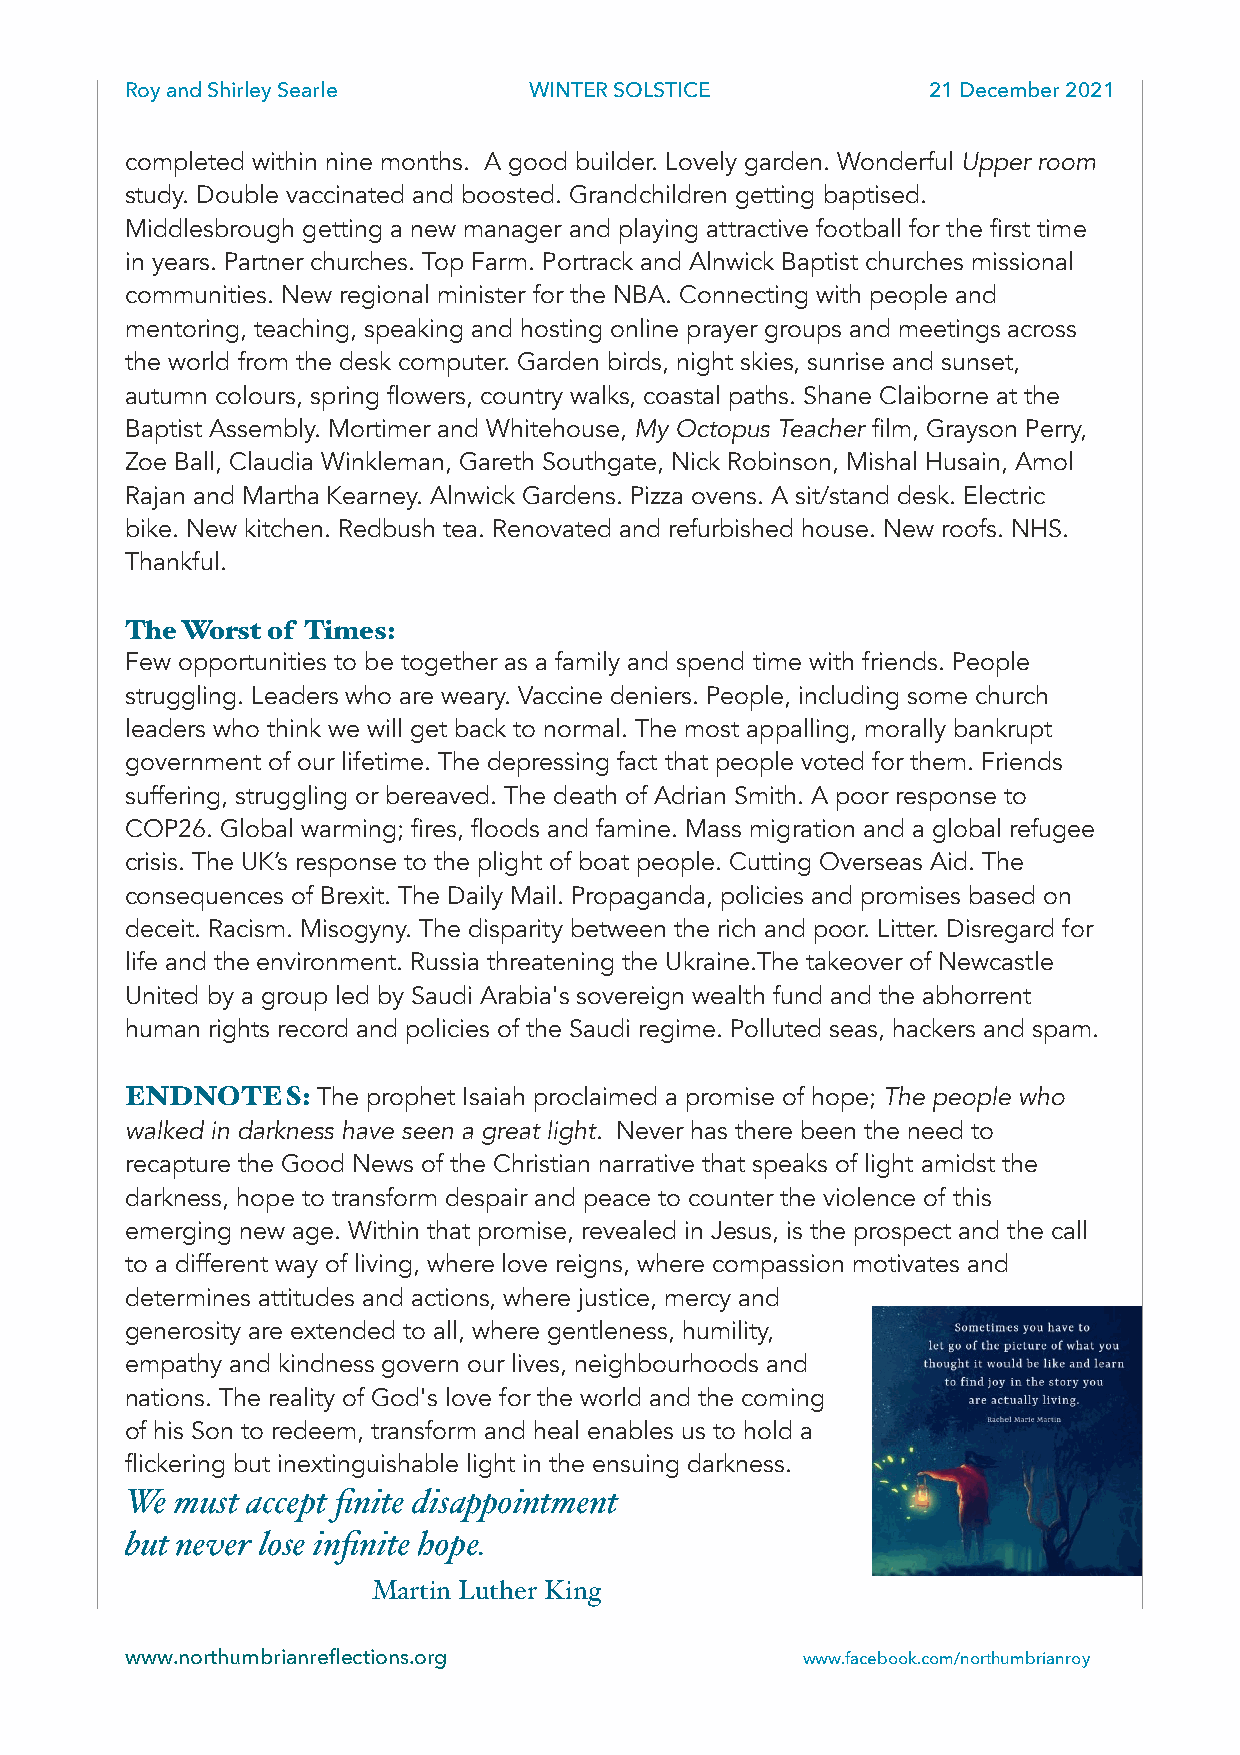
Roy and Shirley Searle     WINTER SOLSTICE           21 December 2021
 completed within nine months. A good builder. Lovely garden. Wonderful Upper room
 study. Double vaccinated and boosted. Grandchildren getting baptised.
 Middlesbrough getting a new manager and playing attractive football for the first time
 in years. Partner churches. Top Farm. Portrack and Alnwick Baptist churches missional
 communities. New regional minister for the NBA. Connecting with people and
 mentoring, teaching, speaking and hosting online prayer groups and meetings across
 the world from the desk computer. Garden birds, night skies, sunrise and sunset,
 autumn colours, spring flowers, country walks, coastal paths. Shane Claiborne at the
 Baptist Assembly. Mortimer and Whitehouse, My Octopus Teacher film, Grayson Perry,
 Zoe Ball, Claudia Winkleman, Gareth Southgate, Nick Robinson, Mishal Husain, Amol
 Rajan and Martha Kearney. Alnwick Gardens. Pizza ovens. A sit/stand desk. Electric
 bike. New kitchen. Redbush tea. Renovated and refurbished house. New roofs. NHS.
 Thankful.
 The Worst of Times:
 Few opportunities to be together as a family and spend time with friends. People
 struggling. Leaders who are weary. Vaccine deniers. People, including some church
 leaders who think we will get back to normal. The most appalling, morally bankrupt
 government of our lifetime. The depressing fact that people voted for them. Friends
 suffering, struggling or bereaved. The death of Adrian Smith. A poor response to
 COP26. Global warming; fires, floods and famine. Mass migration and a global refugee
 crisis. The UK’s response to the plight of boat people. Cutting Overseas Aid. The
 consequences of Brexit. The Daily Mail. Propaganda, policies and promises based on
 deceit. Racism. Misogyny. The disparity between the rich and poor. Litter. Disregard for
 life and the environment. Russia threatening the Ukraine.The takeover of Newcastle
 United by a group led by Saudi Arabia's sovereign wealth fund and the abhorrent
 human rights record and policies of the Saudi regime. Polluted seas, hackers and spam.
 ENDNOTES:    The prophet Isaiah proclaimed a promise of hope; The people who
 walked in darkness have seen a great light. Never has there been the need to
 recapture the Good News of the Christian narrative that speaks of light amidst the
 darkness, hope to transform despair and peace to counter the violence of this
 emerging new age. Within that promise, revealed in Jesus, is the prospect and the call
 to a different way of living, where love reigns, where compassion motivates and
 determines attitudes and actions, where justice, mercy and
 generosity are extended to all, where gentleness, humility,
 empathy and kindness govern our lives, neighbourhoods and
 nations. The reality of God's love for the world and the coming
 of his Son to redeem, transform and heal enables us to hold a
 flickering but inextinguishable light in the ensuing darkness.
 We  must accept finite disappointment
 but never lose infinite hope.
 Martin Luther King
 ww w.northumbrianreflections.org             www.facebook.com/northumbrianroy